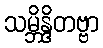
သမ္ဘိန္ဒိတဗ္ဗာ